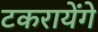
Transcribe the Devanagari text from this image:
टकरायेंगे